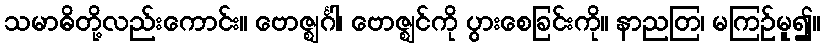
သမာဓိတို့လည်းကောင်း။ ဗောဇ္ဈင်္ဂါ၊ ဗောဇ္ဈင်ကို ပွားစေခြင်းကို။ နာညတြ၊ မကြဉ်မူ၍။